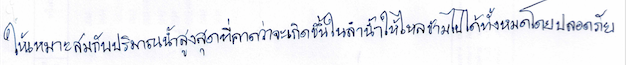
ให้เหมาะสมกับปริมาณน้ำสูงสุดที่คาดว่าจะเกิดขึ้นในลำน้ำให้ไหลข้ามไปได้ทั้งหมดโดยปลอดภัย